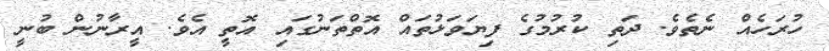
ހުރަހެއް ނެތެވެ. ދަތި ކުރުމުގެ ފިޔަވަޅުތައް އޮތްތަނުގައި އޮތީ އެވެ. އީރާނުން ބުނީ